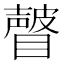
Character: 𰦂